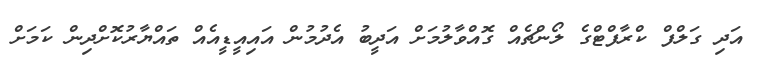
އަދި ގަލްފް ކްރާފްޓްގެ ލޯންޗެއް ގޮއްވާލުމަށް އަދީބު އެދުމުން އައިއީޑީއެއް ތައްޔާރުކޮށްދިން ކަމަށް